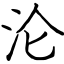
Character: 沦